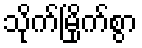
သိုက်မြိုက်စွာ